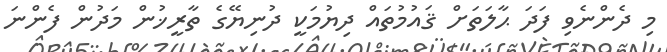
މި ދެންނެވި ފަދަ ޙާލަތަށް ޤައުމުތައް ދިޔުމަކީ ދުނިޔޭގެ ތާރީޚުން މަދުން ފެންނަ